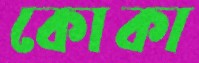
কোকা